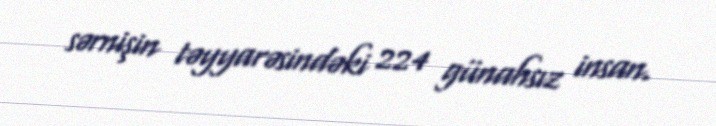
sərnişin təyyarəsindəki 224 günahsız insan.